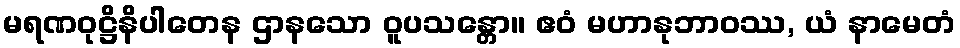
မရဏဝုဋ္ဌိနိပါတေန ဌာနသော ဝူပသန္တော။ ဧဝံ မဟာနုဘာဝဿ, ယံ နာမေတံ